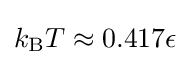
k_{\mathrm {B} }T\approx 0.417\epsilon